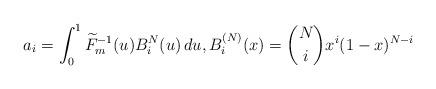
LaTeX: \begin{align*} a_i = \int_0^1 \widetilde{F}_m^{-1}(u) B_i^N(u) \, du, B_i^{(N)}(x) = {N \choose i} x^i (1-x)^{N-i}\end{align*}